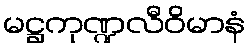
မဋ္ဌကုဏ္ဍလီဝိမာနံ